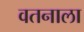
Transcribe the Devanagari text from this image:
वतनाला